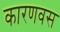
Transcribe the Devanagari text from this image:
कारणवस